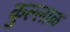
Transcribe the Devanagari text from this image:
कुल्लाळ